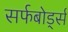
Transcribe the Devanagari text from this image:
सर्फबोर्ड्स